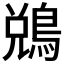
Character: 𪁑